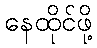
နေထိုင်ဖို့